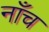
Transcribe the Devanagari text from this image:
नाँच